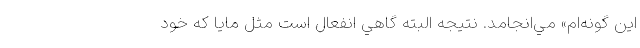
اين گونه‌ام» مي‌انجامد. نتيجه البته گاهي انفعال است مثل مايا كه خود